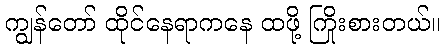
ကျွန်တော် ထိုင်နေရာကနေ ထဖို့ ကြိုးစားတယ်။